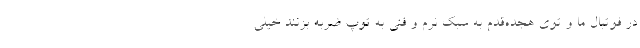
در فوتبال ما و توی هجده‌قدم به سبک نرم و فنی به توپ ضربه بزنند خیلی